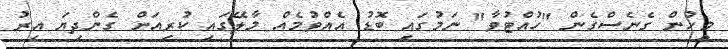
މީހުން ގެނެސްގެން "ހުއްޓުވާ" ނަމުގައި ބޮޑު އެއްވުމެއް މާލޭގައި ކުރިއަށް ގެންދިޔަ އިރު